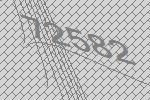
72582